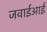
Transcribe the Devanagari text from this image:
जवाईआई